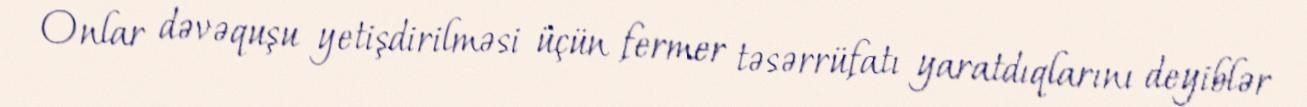
Onlar dəvəquşu yetişdirilməsi üçün fermer təsərrüfatı yaratdıqlarını deyiblər